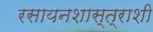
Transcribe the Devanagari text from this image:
रसायनशास्त्राशी